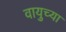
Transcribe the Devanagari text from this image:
वायुच्या